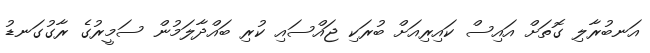
އަނބުރާލި ގޮތަށް އައިސް ކައިރިއަށް ބުރަކި ޖައްސައި ކުރި ބައްދާލަމުން ސަމީރުގެ ރާގުގަނޑު